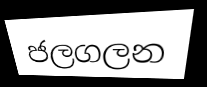
ජලගලන